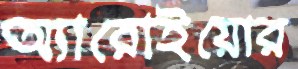
অ্যারোইয়োর